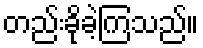
တည်းခိုခဲ့ကြသည်။